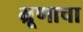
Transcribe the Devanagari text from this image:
भ्रूणाचा